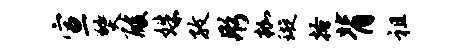
宣燹酸姝孜彤枷璇搔背祖